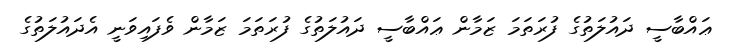
ޢައްބާސީ ދައުލަތުގެ ފުރަތަމަ ޒަމާން ޢައްބާސީ ދައުލަތުގެ ފުރަތަމަ ޒަމާން ވެފައިވަނީ އެދައުލަތުގެ